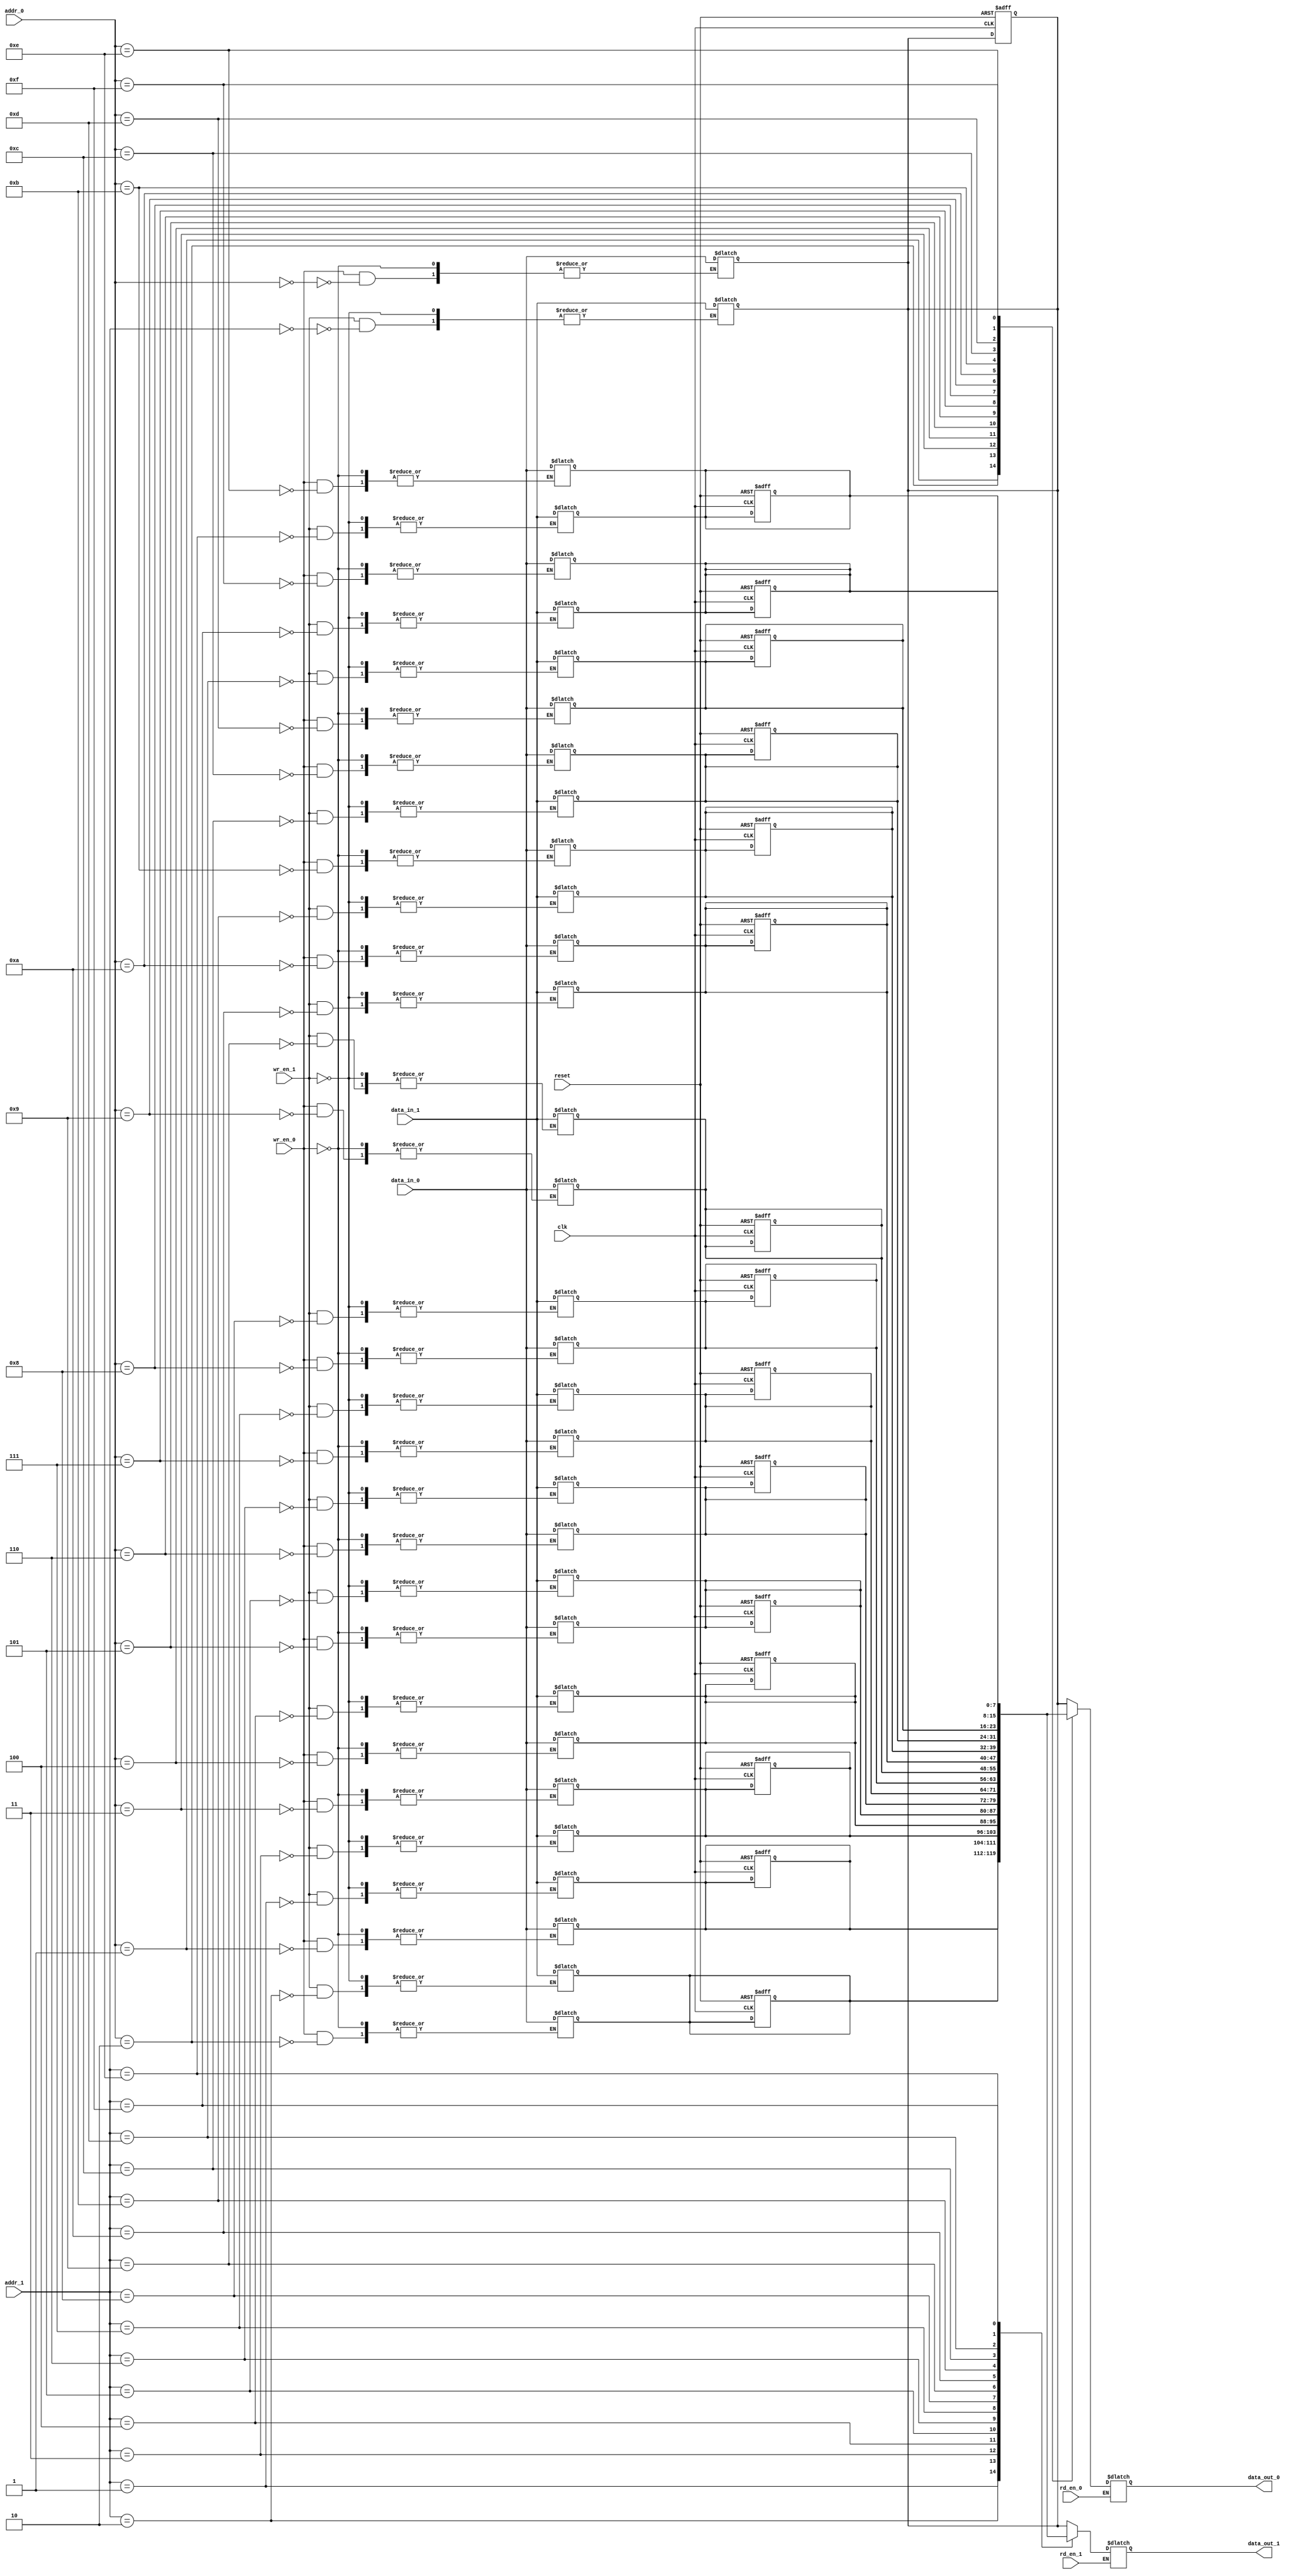
module async_multi_port_ram #(
    parameter DATA_WIDTH = 8, // Width of the data
    parameter ADDR_WIDTH = 4, // Width of the address
    parameter DEPTH = (1 << ADDR_WIDTH) // Depth of the RAM
)(
    // Port 0
    input  wire                   wr_en_0, // Write enable for port 0
    input  wire                   rd_en_0, // Read enable for port 0
    input  wire [ADDR_WIDTH-1:0] addr_0,  // Address for port 0
    input  wire [DATA_WIDTH-1:0] data_in_0, // Data input for port 0
    output reg  [DATA_WIDTH-1:0] data_out_0, // Data output for port 0

    // Port 1
    input  wire                   wr_en_1, // Write enable for port 1
    input  wire                   rd_en_1, // Read enable for port 1
    input  wire [ADDR_WIDTH-1:0] addr_1,  // Address for port 1
    input  wire [DATA_WIDTH-1:0] data_in_1, // Data input for port 1
    output reg  [DATA_WIDTH-1:0] data_out_1, // Data output for port 1

    // Additional ports can be added similarly...

    input  wire                   reset,    // Reset signal
    input  wire                   clk        // Clock signal for initialization (if needed)
);

    // Memory array
    reg [DATA_WIDTH-1:0] ram [0:DEPTH-1];

    // Reset and Initialization
    integer i;
    always @(posedge clk or posedge reset) begin
        if (reset) begin
            for (i = 0; i < DEPTH; i = i + 1) begin
                ram[i] <= {DATA_WIDTH{1'b0}}; // Initialize to zero
            end
        end
    end

    // Port 0 operations
    always @(*) begin
        if (wr_en_0) begin
            ram[addr_0] <= data_in_0; // Write data to RAM
        end
        if (rd_en_0) begin
            data_out_0 = ram[addr_0]; // Read data from RAM
        end
    end

    // Port 1 operations
    always @(*) begin
        if (wr_en_1) begin
            ram[addr_1] <= data_in_1; // Write data to RAM
        end
        if (rd_en_1) begin
            data_out_1 = ram[addr_1]; // Read data from RAM
        end
    end

    // Conflict resolution can be added here if necessary
    // For example, prioritize writes from one port over another

endmodule